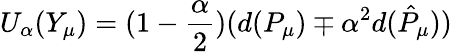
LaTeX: U_{\alpha}(Y_{\mu})=(1-\frac{\alpha}{2})(d(P_{\mu})\mp\alpha^{2}d(\hat{P}_{\mu}))